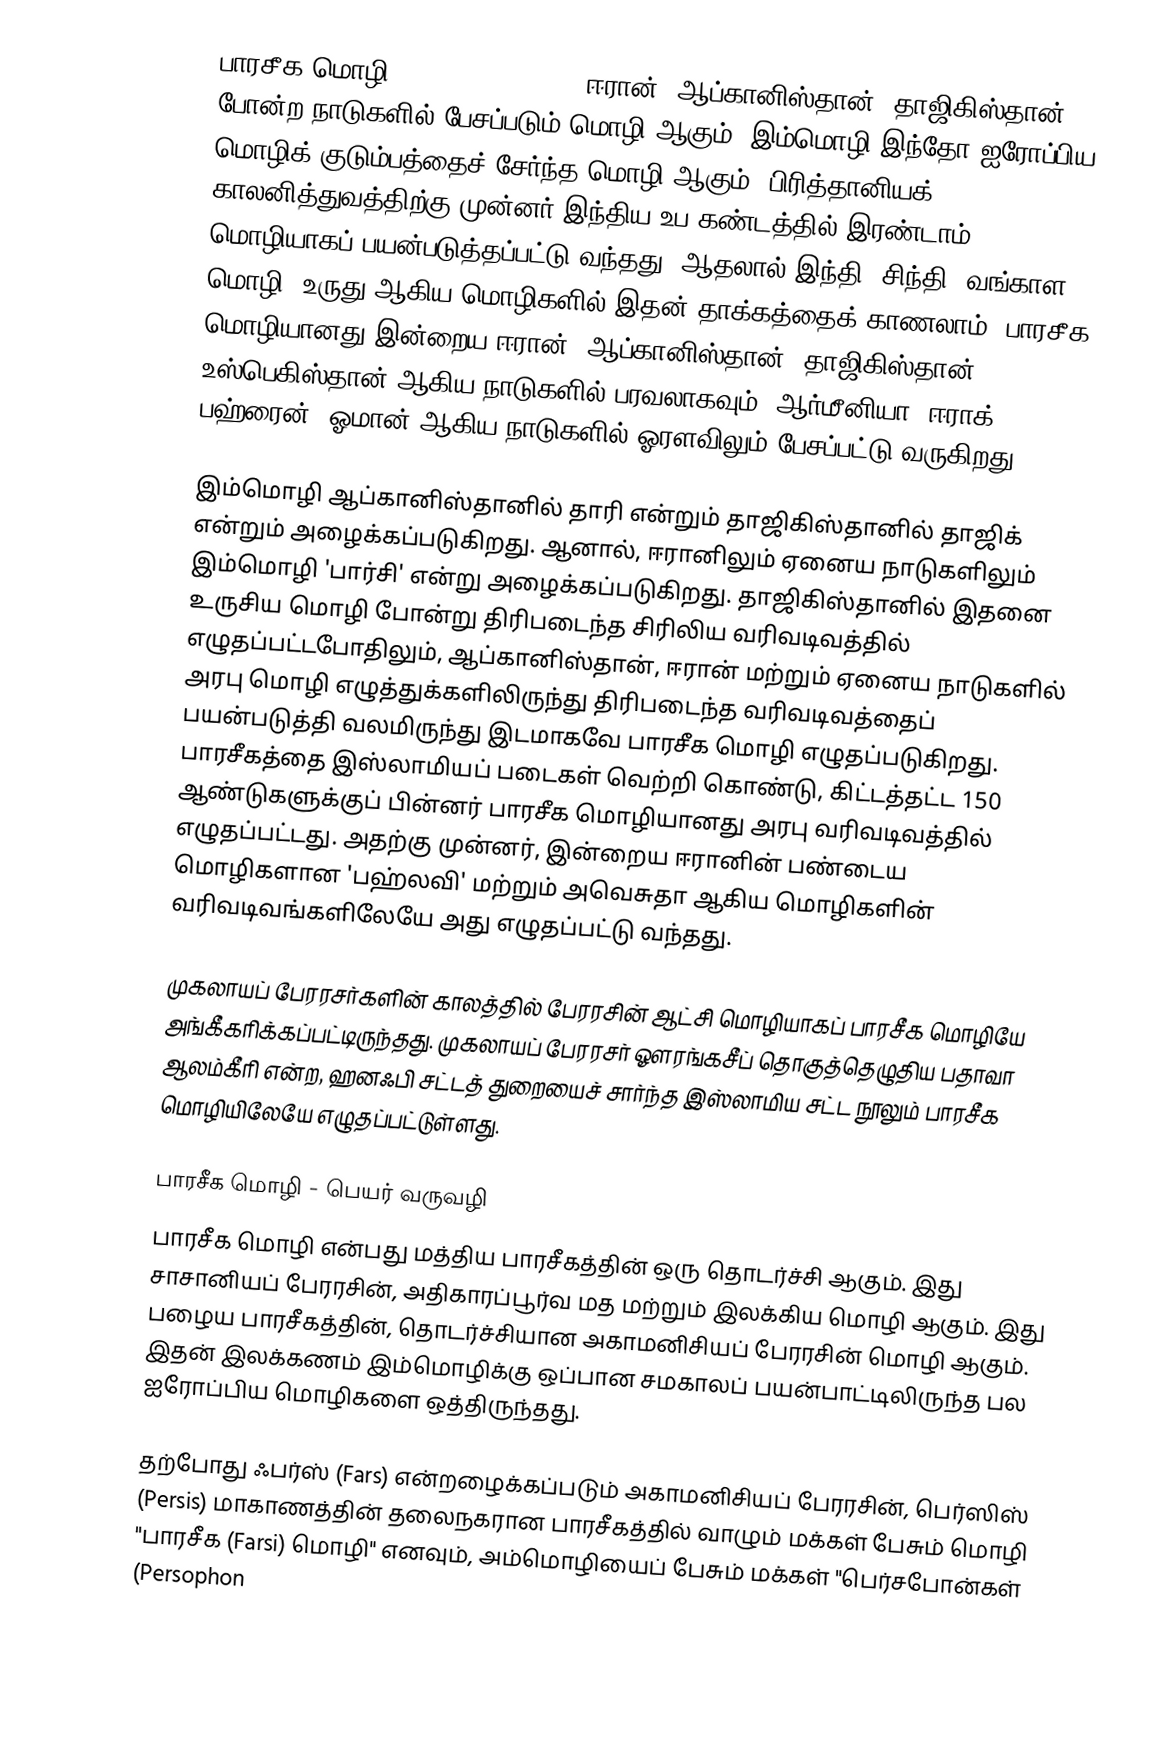
பாரசீக மொழி (Persian language) ஈரான், ஆப்கானிஸ்தான், தாஜிகிஸ்தான், போன்ற நாடுகளில் பேசப்படும் மொழி ஆகும். இம்மொழி இந்தோ-ஐரோப்பிய மொழிக் குடும்பத்தைச் சேர்ந்த மொழி ஆகும். பிரித்தானியக் காலனித்துவத்திற்கு முன்னர் இந்திய உப கண்டத்தில் இரண்டாம் மொழியாகப் பயன்படுத்தப்பட்டு வந்தது. ஆதலால் இந்தி, சிந்தி, வங்காள மொழி, உருது ஆகிய மொழிகளில் இதன் தாக்கத்தைக் காணலாம். பாரசீக மொழியானது இன்றைய ஈரான், ஆப்கானிஸ்தான், தாஜிகிஸ்தான், உஸ்பெகிஸ்தான் ஆகிய நாடுகளில் பரவலாகவும், ஆர்மீனியா, ஈராக், பஹ்ரைன், ஓமான் ஆகிய நாடுகளில் ஓரளவிலும் பேசப்பட்டு வருகிறது.

இம்மொழி ஆப்கானிஸ்தானில் தாரி என்றும் தாஜிகிஸ்தானில் தாஜிக் என்றும் அழைக்கப்படுகிறது. ஆனால், ஈரானிலும் ஏனைய நாடுகளிலும் இம்மொழி 'பார்சி' என்று அழைக்கப்படுகிறது. தாஜிகிஸ்தானில் இதனை உருசிய மொழி போன்று திரிபடைந்த சிரிலிய வரிவடிவத்தில் எழுதப்பட்டபோதிலும், ஆப்கானிஸ்தான், ஈரான் மற்றும் ஏனைய நாடுகளில் அரபு மொழி எழுத்துக்களிலிருந்து திரிபடைந்த வரிவடிவத்தைப் பயன்படுத்தி வலமிருந்து இடமாகவே பாரசீக மொழி எழுதப்படுகிறது. பாரசீகத்தை இஸ்லாமியப் படைகள் வெற்றி கொண்டு, கிட்டத்தட்ட 150 ஆண்டுகளுக்குப் பின்னர் பாரசீக மொழியானது அரபு வரிவடிவத்தில் எழுதப்பட்டது. அதற்கு முன்னர், இன்றைய ஈரானின் பண்டைய மொழிகளான 'பஹ்லவி' மற்றும் அவெசுதா ஆகிய மொழிகளின் வரிவடிவங்களிலேயே அது எழுதப்பட்டு வந்தது.

முகலாயப் பேரரசர்களின் காலத்தில் பேரரசின் ஆட்சி மொழியாகப் பாரசீக மொழியே அங்கீகரிக்கப்பட்டிருந்தது. முகலாயப் பேரரசர் ஔரங்கசீப் தொகுத்தெழுதிய பதாவா ஆலம்கீரி என்ற, ஹனஃபி சட்டத் துறையைச் சார்ந்த இஸ்லாமிய சட்ட நூலும் பாரசீக மொழியிலேயே எழுதப்பட்டுள்ளது.

பாரசீக மொழி - பெயர் வருவழி
பாரசீக மொழி என்பது மத்திய பாரசீகத்தின் ஒரு தொடர்ச்சி ஆகும். இது சாசானியப் பேரரசின், அதிகாரப்பூர்வ மத மற்றும் இலக்கிய மொழி ஆகும். இது பழைய பாரசீகத்தின், தொடர்ச்சியான அகாமனிசியப் பேரரசின் மொழி ஆகும். இதன் இலக்கணம் இம்மொழிக்கு ஒப்பான சமகாலப் பயன்பாட்டிலிருந்த பல ஐரோப்பிய மொழிகளை ஒத்திருந்தது.

தற்போது ஃபர்ஸ் (Fars) என்றழைக்கப்படும் அகாமனிசியப் பேரரசின், பெர்ஸிஸ் (Persis) மாகாணத்தின் தலைநகரான பாரசீகத்தில் வாழும் மக்கள் பேசும் மொழி "பாரசீக (Farsi) மொழி" எனவும், அம்மொழியைப் பேசும் மக்கள் "பெர்சபோன்கள் (Persophon